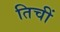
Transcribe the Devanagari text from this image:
तिचीं